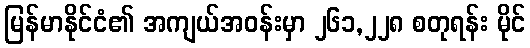
မြန်မာနိုင်ငံ၏ အကျယ်အဝန်းမှာ ၂၆၁,၂၂၈ စတုရန်း မိုင်